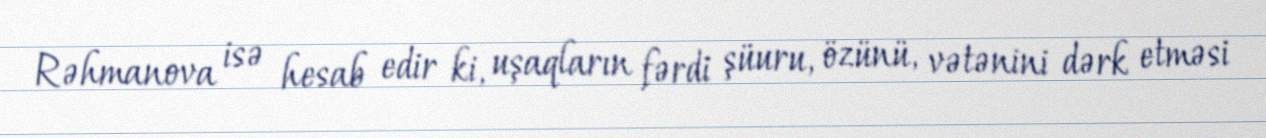
Rəhmanova isə hesab edir ki, uşaqların fərdi şüuru, özünü, vətənini dərk etməsi